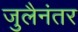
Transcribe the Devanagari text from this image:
जुलैनंतर